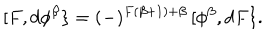
[ F , d \phi ^ { \beta } \} = ( - ) ^ { F ( \beta + 1 ) + \beta } \, [ \phi ^ { \beta } , d F \} .